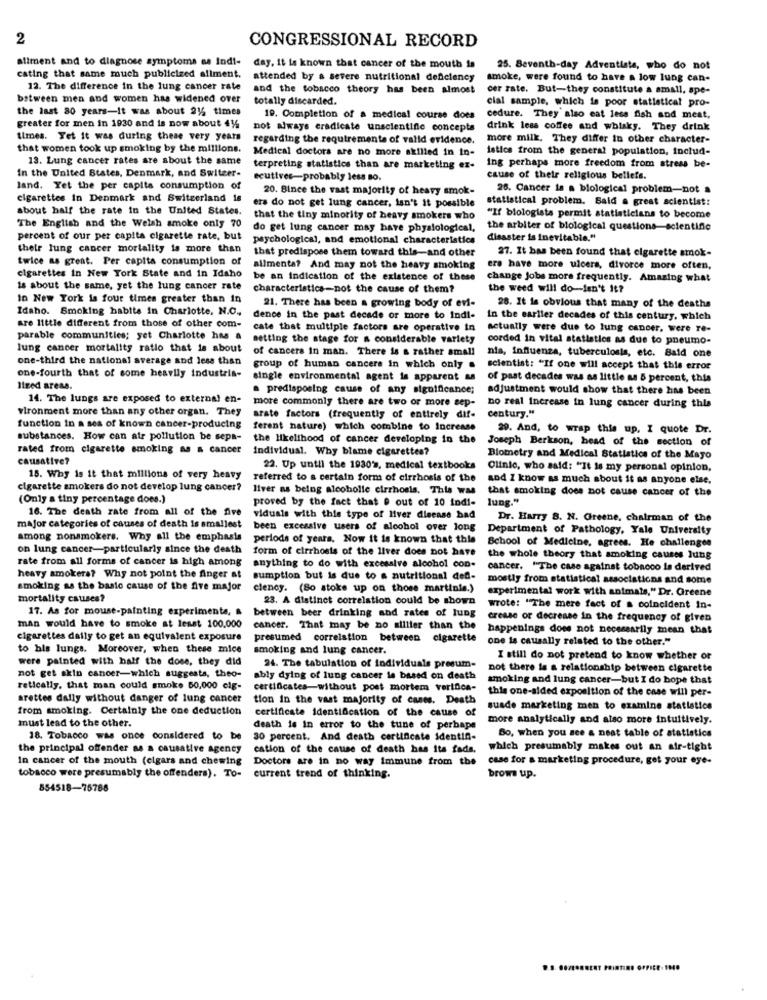
2
CONGRESSIONAL RECORD
aliment and to diagnose symptoms as Indi-
day. it is known that cancer of the mouth is
25. Seventh-day Adventista, who do not
cating that same much publicized allment.
attended by a severe nutritional deficiency
smoke, were found to have a low lung can-
12. The difference in the lung cancer rate
and the tobacco theory has been almost
cer rate. But-they constitute a small, spe-
between men and women has widened over
totally discarded.
cial sample, which is poor statistical pro-
the last 80 years-it was about 215 times
19. Completion of a medical course does
cedure. They also eat less fish and meat,
greater for men in 1930 and is now about 414
not always eradicate unscientific concepts
drink less coffee and whisky. They drink
times. Yet it was during these very years
regarding the requirements of valid evidence.
more milk. They differ in other character-
that women took up smoking by the millions.
Medical doctors are no more akilled in in-
istics from the general population, includ-
13. Lung cancer rates are about the same
In the United States, Denmark, and Suiteer-
terpreting statistics than are marketing ex-
ing perhaps more freedom from stress be-
ecuttres-probably less so.
cause of their religious beliefs.
land. Yet the per capita consumption of
20. Since the vast majority of heavy smok-
26. Cancer is a biological problem-not a
cigarettes in Denmark and Switzerland is
statistical problem. Said a great scientist:
about half the rate in the United States.
ers do not get lung cancer, isn't it possible
that the tiny minority of heavy smokers who
"If biologists permit statisticians to become
The English and the Welsh smoke only 70
do get lung cancer may have physiological,
the arbiter of biological questions-scientific
percent of our per capita cigarette rate, but
psychological, and emotional characteristics
disaster is inevitable."
their lung cancer mortality is more than
that predispose them toward this-and other
27. It has been found that cigarette smok-
twice as great. Per capita consumption of
cigarettes in New York State and in Idaho
alimenta? And may not the heavy smoking
ere have more ulcers, divorce more often,
be an indication of the existence of these
change Jobs more frequently. Amazing what
is about the same, yet the lung cancer rate
characteristics-not the cause of them?
the weed will do-isn't it?
In New York is four times greater than in
21. There has been a growing body of evi-
Idaho. Smoking habits in Charlotte. N.C .,
28. It is obvious that many of the deaths
dence in the past decade or more to Indi- in the earlier decades of this century, which
are little different from those of other com-
cate that multiple factors are operative in actually were due to lung cancer, were re-
parable communities; yet Charlotte has a
setting the stage for a considerable variety
corded in vital statistics as due to pneumo-
lung cancer mortality ratio that is about
of cancers in man. There is a rather small
one-third the national average and less than
nia, influenza, tuberculosis, etc. Bald one
group of human cancers in which only .
scientist: "If one will accept that this error
one-fourth that of some heavily industria-
single environmental agent is apparent as
of past decades was as little as 5 percent, this
Ized areas.
predisposing cause of any significance;
adjustment would show that there has been
14. The lungs are exposed to external en-
more commonly there are two or more sep-
vironment more than any other organ. They
no real increase in lung cancer during this
arate factors (frequently of entirely dif-
century."
function In a ses of known cancer-producing
ferent nature) which combine to Increase
29. And, to wrap this up, I quote Dr.
substances. How can air pollution be sepa-
the likelihood of cancer developing in the
Joseph Berkson, head of the section of
rated from cigarette smoking as a cancer
Individual. Why blame cigarettes?
causative?
Biometry and Medical Statistics of the Mayo
22. Up until the 1930's, medical textbooks
Clinic, who said: "It is my personal opinion,
18. Why is it that millions of very heavy
referred to a certain form of cirrhosis of the
and I know as much about it as anyone else.
cigarette smokers do not develop lung cancer?
liver as being alcoholle cirrhosis. This was
that smoking does not cause cancer of the
(Only a tiny percentage does.)
proved by the fact that @ out of 10 indi-
lung."
16. The death rate from all of the five
viduals with this type of liver disease had
Dr. Harry B. N. Greene, chairman of the
major categories of causes of death is smallest
been excessive users of alcohol over long
Department of Pathology, Yale University
among nonsmokers. Why all the emphasis
periods of years. Now it is known that this
on lung cancer-particularly since the death
form of cirrhosis of the liver does not have
School of Medicine, agrees. He challenges
rate from all forms of cancer is high among
the whole theory that smoking causes lung
anything to do with excessive alcohol con-
cancer. "The case against tobacco is derived
heavy smokers? Why not point the finger at
sumption but is due to a nutritional ded-
mostly from statistical associations and some
smoking as the basic cause of the five major
ciency. (So stoke up on those martinis.)
experimental work with animals," Dr. Greene
mortality causes?
23. A distinct correlation could be shown
17. As for mouse-painting experiments, &
wrote: "The mere fact of a coincident in-
between beer drinking and rates of lung
crease or decrease in the frequency of given
man would have to smoke at least 100.000
cancer. That may be no aillier than the
happenings does not necessarily mean that
cigarettes daily to get an equivalent exposure
presumed correlation between cigarette
one is causally related to the other."
to his lungs. Moreover, when these mice
smoking and lung cancer.
were painted with half the dose, they did
I still do not pretend to know whether or
not get skin cancer-which suggests, theo-
24. The tabulation of individuals presum-
not there is a relationship between cigarette
ably dying of lung cancer is based on death
smoking and lung cancer-but I do hope that
retically, that man could smoke 50,000 elg-
certificates-without post mortem verifica-
this one-aided exposition of the case will per-
arettes dally without danger of lung cancer
tion in the vast majority of cases. Death
from smoking. Certainly the one deduction
certificate Identification of the cause of
suade marketing men to examine statistics
must lead to the other.
more analytically and also more intuitively.
death is in error to the tune of perhaps
18. Tobacco was once considered to be
30 percent. And death certificate identin-
Bo, when you see a neat table of statistics
the principal offender as a causative agency
cation of the cause of death has its fada,
which presumably makes out an air-tight
In cancer of the mouth (cigars and chewing
Doctors are in no way Immune from the
case for a marketing procedure, get your eye-
tobacco were presumably the offenders). To- current trend of thinking.
brows up.
854518-76788
.... .......... . INTINS OFFICE-1140